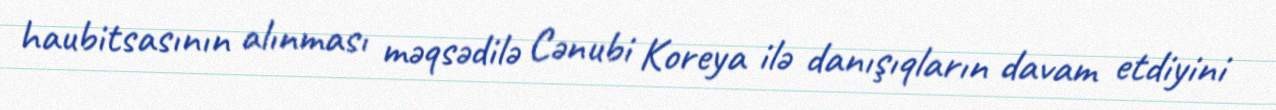
haubitsasının alınması məqsədilə Cənubi Koreya ilə danışıqların davam etdiyini